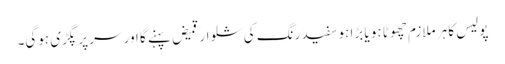
پولیس کا ہر ملازم چھوٹا ہو یا بڑا ہو سفید رنگ کی شلوار قمیض پہنے گا اور سر پر پگڑی ہوگی۔